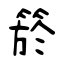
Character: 箊